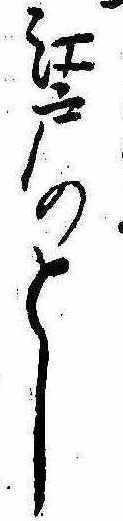
江戸のとし